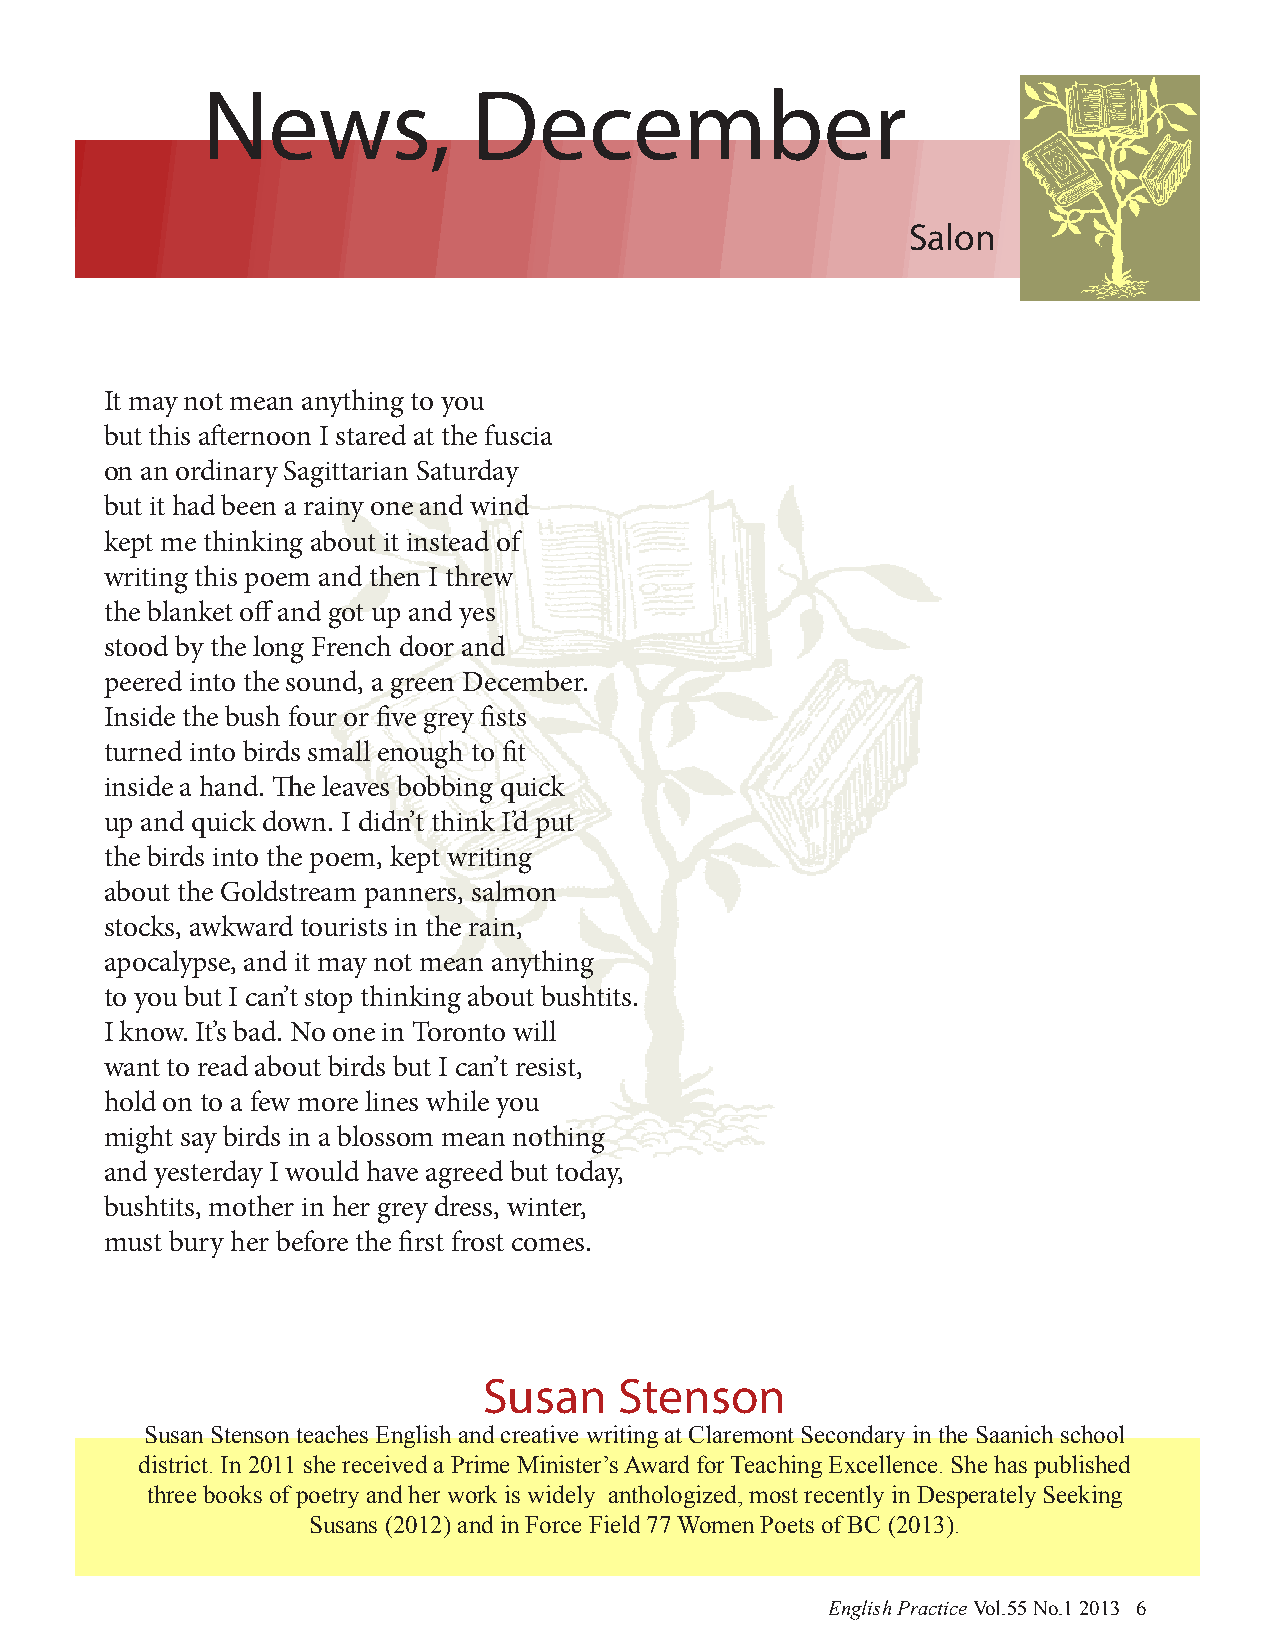
News,             December
 Salon
 It may not mean anything to you
 but this afternoon I stared at the fuscia
 on an ordinary Sagittarian Saturday
 but it had been a rainy one and wind
 kept me thinking about it instead of
 writing this poem and then I threw
 the blanket off and got up and yes
 stood by the long French door and
 peered into the sound, a green December.
 Inside the bush four or five grey fists
 turned into birds small enough to fit
 inside a hand. The leaves bobbing quick
 up and quick down. I didn’t think I’d put
 the birds into the poem, kept writing
 about the Goldstream panners, salmon
 stocks, awkward tourists in the rain,
 apocalypse, and it may not mean anything
 to you but I can’t stop thinking about bushtits.
 I know. It’s bad. No one in Toronto will
 want to read about birds but I can’t resist,
 hold on to a few more lines while you
 might say birds in a blossom mean nothing
 and yesterday I would have agreed but today,
 bushtits, mother in her grey dress, winter,
 must bury her before the first frost comes.
 Susan    Stenson
 Susan Stenson teaches English and creative writing at Claremont Secondary in the Saanich school
 district. In 2011 she received a Prime Minister’s Award for Teaching Excellence. She has published
 three books of poetry and her work is widely anthologized, most recently in Desperately Seeking
 Susans (2012) and in Force Field 77 Women Poets of BC (2013).
 English Practice Vol.55 No.1 2013 6